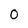
Character: 0